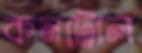
কনট্রোল